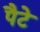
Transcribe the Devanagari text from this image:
पैटे